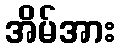
အိမ်အား